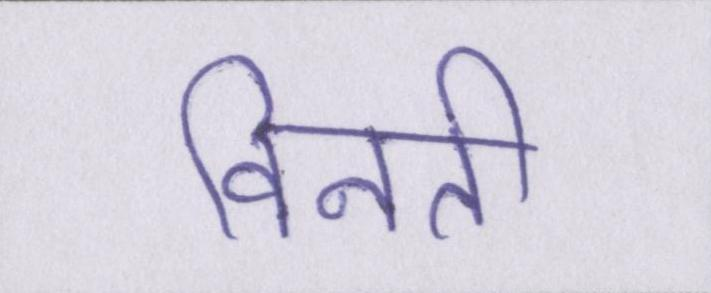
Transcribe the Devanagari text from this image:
विनती